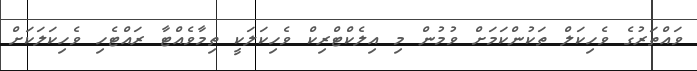
ވައްތަރުގެ ވެހިކަލް ތަކުންކަމަށް ވުމުން މި އިލެކްޓްރިކް ވެހިކަލަކީ ތިމާވެއްޓާ ރައްޓެހި ވެހިކަލަކަށް